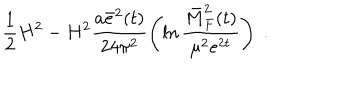
\frac { 1 } { 2 } H ^ { 2 } - H ^ { 2 } \frac { a \bar { e } ^ { 2 } ( t ) } { 2 4 \pi ^ { 2 } } \left( \ln \frac { \bar { M } _ { F } ^ { 2 } ( t ) } { \mu ^ { 2 } e ^ { 2 t } } \right) \; .